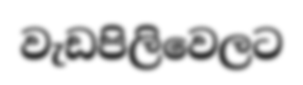
වැඩපිලිවෙලට